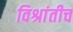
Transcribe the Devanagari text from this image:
विश्रांतीच